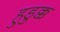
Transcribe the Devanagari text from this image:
हुडुक्क